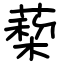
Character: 蔾